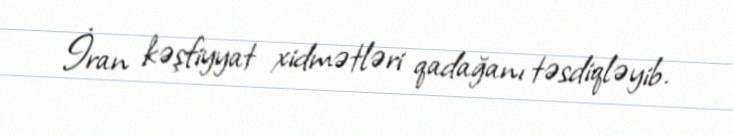
İran kəşfiyyat xidmətləri qadağanı təsdiqləyib.